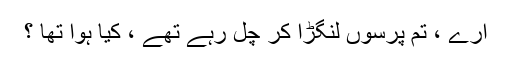
ارے ، تم پرسوں لنگڑا کر چل رہے تھے ، کیا ہوا تھا ؟